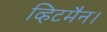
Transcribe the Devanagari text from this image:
व्हिटमैन।